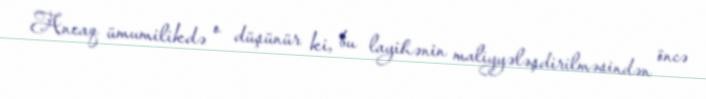
Ancaq ümumilikdə o düşünür ki, bu layihənin maliyyələşdirilməsindən öncə